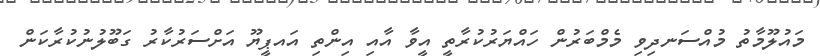
މައުލޫމާތު މުއްސަނދިވި މެމްބަރުން ހައްޔަރުކުރާތީ އީވާ އާއި އިންތި އައޕީޔޫ އަށްސަރުކާރު ގަބޫލުނުކުރާކަން